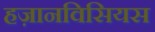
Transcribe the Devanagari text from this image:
हज़ानविसियस